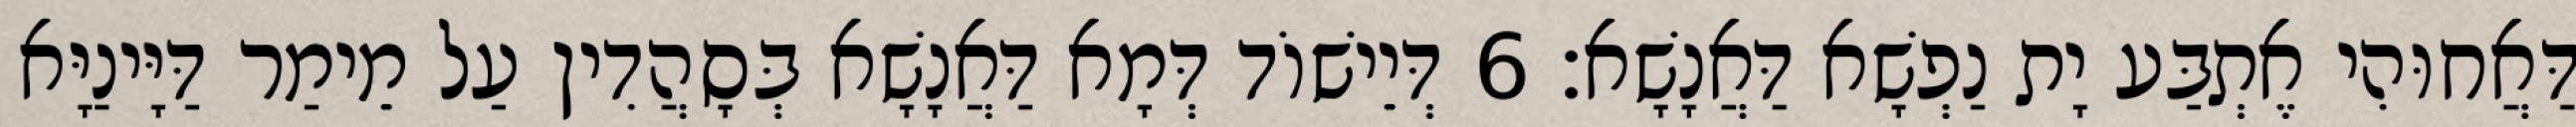
דַּאֲחוּהִי אֶתְבַּע יָת נַפְשָׁא דַּאֲנָשָׁא׃ 6 דְּיֵישׁוֹד דְּמָא דַּאֲנָשָׁא בְּסָהֲדִין עַל מֵימַר דַּיָּינַיָּא